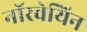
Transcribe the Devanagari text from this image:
नाॅरवेयिन